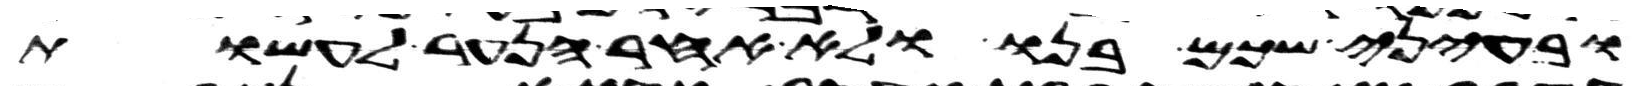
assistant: ובעיני שכם בנו ולא אחר הנער לעשות